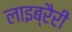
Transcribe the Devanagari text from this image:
लाइब्रैरी